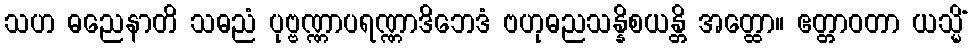
သဟ ဓညေနာတိ သဓညံ ပုဗ္ဗဏ္ဏာပရဏ္ဏာဒိဘေဒံ ဗဟုဓညသန္နိစယန္တိ အတ္ထော။ ဧတ္တာဝတာ ယသ္မိံ